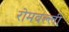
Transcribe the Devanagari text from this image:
रोमवल्ली